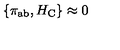
\left\{ \pi _ { \mathrm { a b } } , H _ { \mathrm { C } } \right\} \approx 0